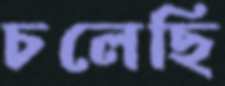
চলেছি